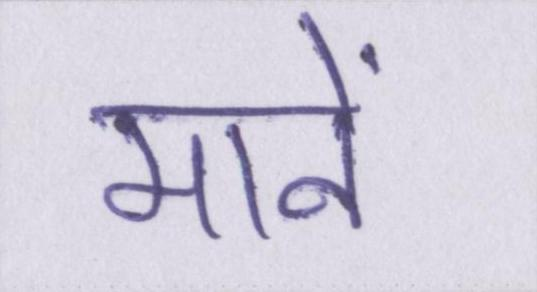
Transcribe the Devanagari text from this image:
मानें